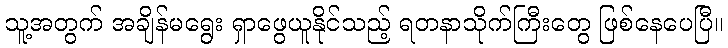
သူ့အတွက် အချိန်မရွေး ရှာဖွေယူနိုင်သည့် ရတနာသိုက်ကြီးတွေ ဖြစ်နေပေပြီ။